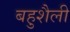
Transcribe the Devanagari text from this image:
बहुशैली